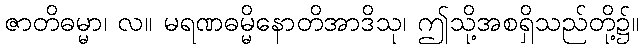
ဇာတိဓမ္မာ၊ လ။ မရဏဓမ္မိနောတိအာဒိသု၊ ဤသို့အစရှိသည်တို့၌။